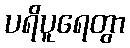
ပရိပူရေတွာ